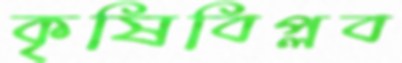
কৃষিবিপ্লব